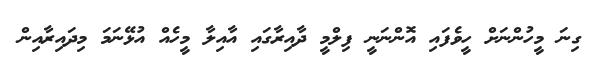
ގިނަ މީހުންނަށް ހީވެފައި އޮންނަނީ ފިލްމީ ދާއިރާގައި އާއިލާ މީހެއް އުޅޭނަމަ މިދައިރާއިން